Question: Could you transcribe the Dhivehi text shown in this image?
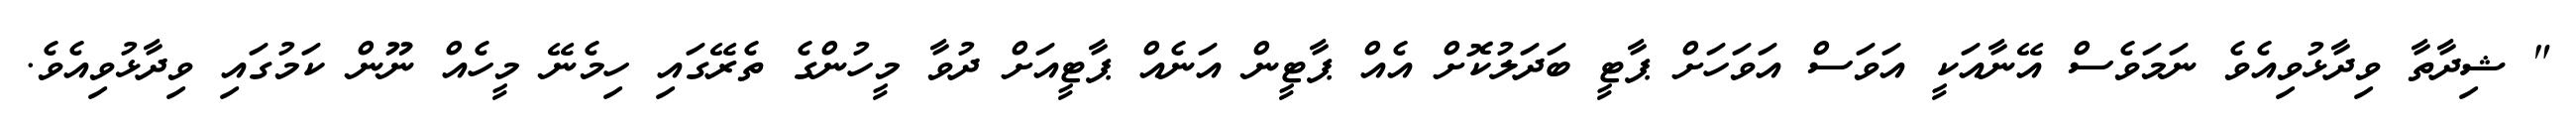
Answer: " ޝިދާތާ ވިދާޅުވިއެވެ ނަމަވެސް އޭނާއަކީ އަވަސް އަވަހަށް ޕާޓީ ބަދަލުކޮށް އެއް ޕާޓީން އަނެއް ޕާޓީއަށް ދުވާ މީހުންގެ ތެރޭގައި ހިމެނޭ މީހެއް ނޫން ކަމުގައި ވިދާޅުވިއެވެ.